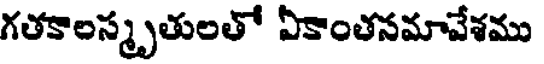
గతకాలస్మృతులతో ఏకాంతనమావేశము